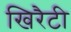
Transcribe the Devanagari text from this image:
खिरैटी